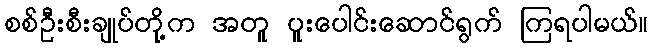
စစ်ဦးစီးချုပ်တို့က အတူ ပူးပေါင်းဆောင်ရွက် ကြရပါမယ်။